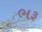
ભરૂ